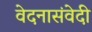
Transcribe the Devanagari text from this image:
वेदनासंवेदी